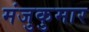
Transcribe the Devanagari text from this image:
मंजुकुमार